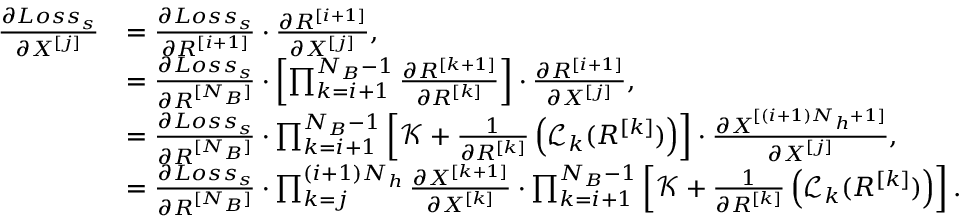
\begin{array} { r l } { \frac { \partial L o s s _ { s } } { \partial X ^ { [ j ] } } } & { = \frac { \partial L o s s _ { s } } { \partial R ^ { [ i + 1 ] } } \cdot \frac { \partial R ^ { [ i + 1 ] } } { \partial X ^ { [ j ] } } , } \\ & { = \frac { \partial L o s s _ { s } } { \partial R ^ { [ N _ { B } ] } } \cdot \left[ \prod _ { k = i + 1 } ^ { N _ { B } - 1 } \frac { \partial R ^ { [ k + 1 ] } } { \partial R ^ { [ k ] } } \right] \cdot \frac { \partial R ^ { [ i + 1 ] } } { \partial X ^ { [ j ] } } , } \\ & { = \frac { \partial L o s s _ { s } } { \partial R ^ { [ N _ { B } ] } } \cdot \prod _ { k = i + 1 } ^ { N _ { B } - 1 } \left[ \mathcal { K } + \frac { 1 } { \partial R ^ { [ k ] } } \left( \mathcal { L } _ { k } ( R ^ { [ k ] } ) \right) \right] \cdot \frac { \partial X ^ { [ ( i + 1 ) N _ { h } + 1 ] } } { \partial X ^ { [ j ] } } , } \\ & { = \frac { \partial L o s s _ { s } } { \partial R ^ { [ N _ { B } ] } } \cdot \prod _ { k = j } ^ { ( i + 1 ) N _ { h } } \frac { \partial X ^ { [ k + 1 ] } } { \partial X ^ { [ k ] } } \cdot \prod _ { k = i + 1 } ^ { N _ { B } - 1 } \left[ \mathcal { K } + \frac { 1 } { \partial R ^ { [ k ] } } \left( \mathcal { L } _ { k } ( R ^ { [ k ] } ) \right) \right] . } \end{array}